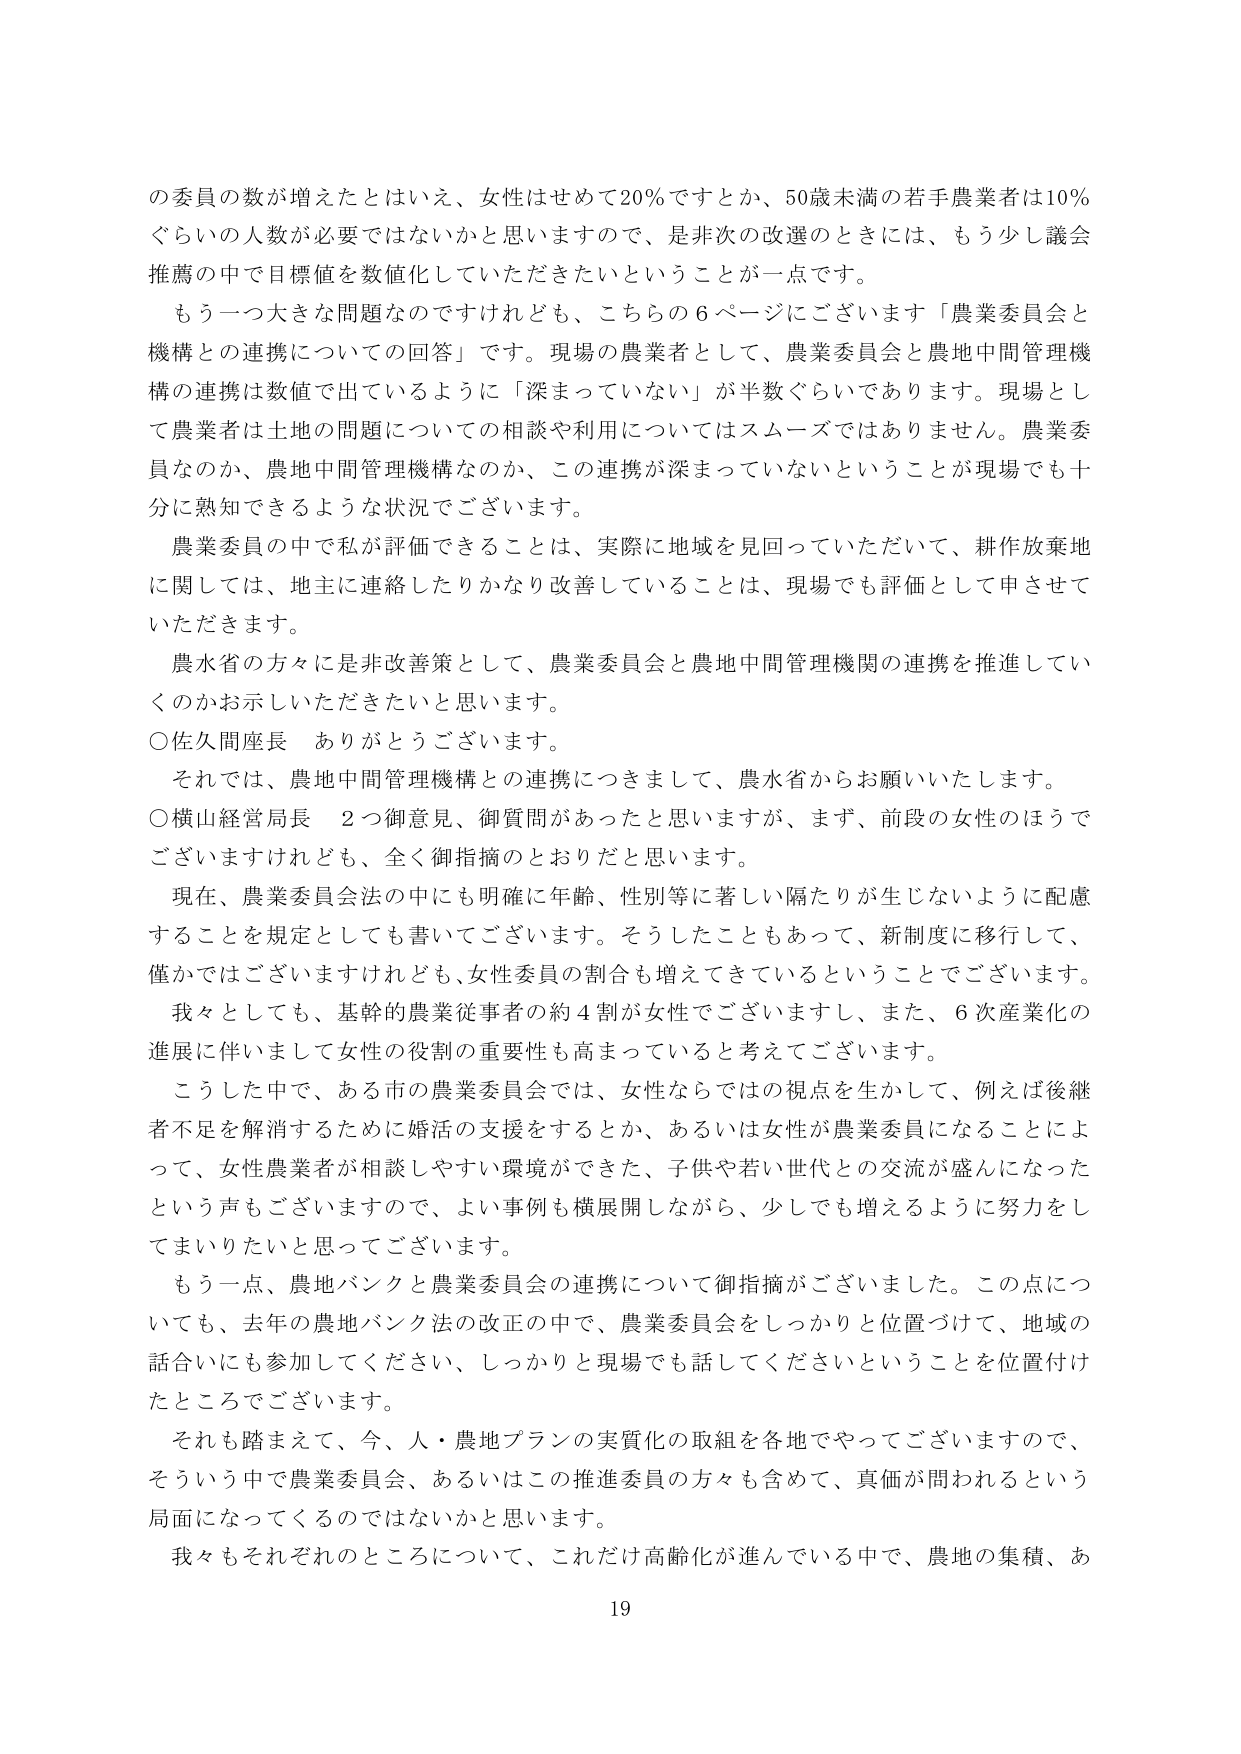
の委員の数が増えたとはいえ、女性はせめて20％ですとか、50歳未満の若手農業者は10％ぐらいの人数が必要ではないかと思いますので、是非次の改選のときには、もう少し議会推薦の中で目標値を数値化していただきたいということが一点です。

もう一つ大きな問題なのですが、こちらの6ページにございます「農業委員会と機構との連携についての回答」です。現場の農業者として、農業委員会と農地中間管理機構の連携は数値で出ているように「深まっていない」が半数ぐらいであります。現場として農業者は土地の問題についての相談や利用についてはスムーズではありません。農業委員なのか、農地中間管理機構なのか、この連携が深まっていないということが現場でも十分に熟知できるような状況でございます。

農業委員の中で私が評価できることは、実際に地域を見回っていただいて、耕作放棄地に関しては、地主に連絡したりかなり改善していることは、現場でも評価として申させていただきます。

農水省の方々には非改善策として、農業委員会と農地中間管理機関の連携を推進していくのかお示しいただきたいと思います。

○佐久間座長　ありがとうございます。

それでは、農地中間管理機構との連携につきまして、農水省からお願いいたします。

○横山経営局長　2つ御意見、御質問があったと思いますが、まず、前段の女性のほうでございますけれども、全く御指摘のとおりだと思います。

現在、農業委員会法の中にも明確に年齢、性別等に著しい隔たりが生じないように配慮することを規定としても書いてございます。そうしたこともあって、新制度に移行して、僅かではございますけれども、女性委員の割合も増えてきているということでございます。

我々としても、基幹的農業従事者の約4割が女性でございますし、また、6次産業化の進展に伴いまして女性の役割の重要性も高まっていると考えてございます。

こうした中で、ある市の農業委員会では、女性ならではの視点を生かして、例えば後継者不足を解消するために婚活の支援をするとか、あるいは女性が農業委員になることによって、女性農業者が相談しやすい環境ができた、子供や若い世代との交流が盛んになったという声もございますので、よい事例も横展開しながら、少しでも増えるように努力をしてまいりたいと思ってございます。

もう一点、農地バンクと農業委員会の連携について御指摘がございました。この点についても、去年の農地バンク法の改正の中で、農業委員会をしっかりと位置づけて、地域の話合いにも参加してください、しっかりと現場でも話してくださいということを位置付けたところでございます。

それも踏まえて、今、人・農地プランの実質化の取組を各地でやってございますので、そういう中で農業委員会、あるいはこの推進委員の方々も含めて、真価が問われるという局面になってくるのではないかと思います。

我々もそれぞれのところについて、これだけ高齢化が進んでいる中で、農地の集積、あ

19